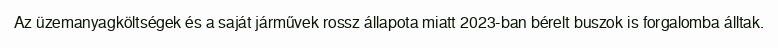
Az üzemanyagköltségek és a saját járművek rossz állapota miatt 2023-ban bérelt buszok is forgalomba álltak.